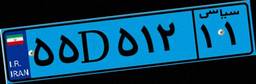
۲۱D۶۶۰۰۹